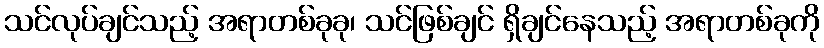
သင်လုပ်ချင်သည့် အရာတစ်ခုခု၊ သင်ဖြစ်ချင် ရှိချင်နေသည့် အရာတစ်ခုကို